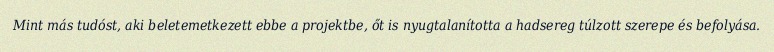
Mint más tudóst, aki beletemetkezett ebbe a projektbe, őt is nyugtalanította a hadsereg túlzott szerepe és befolyása.